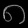
Digit: ၈